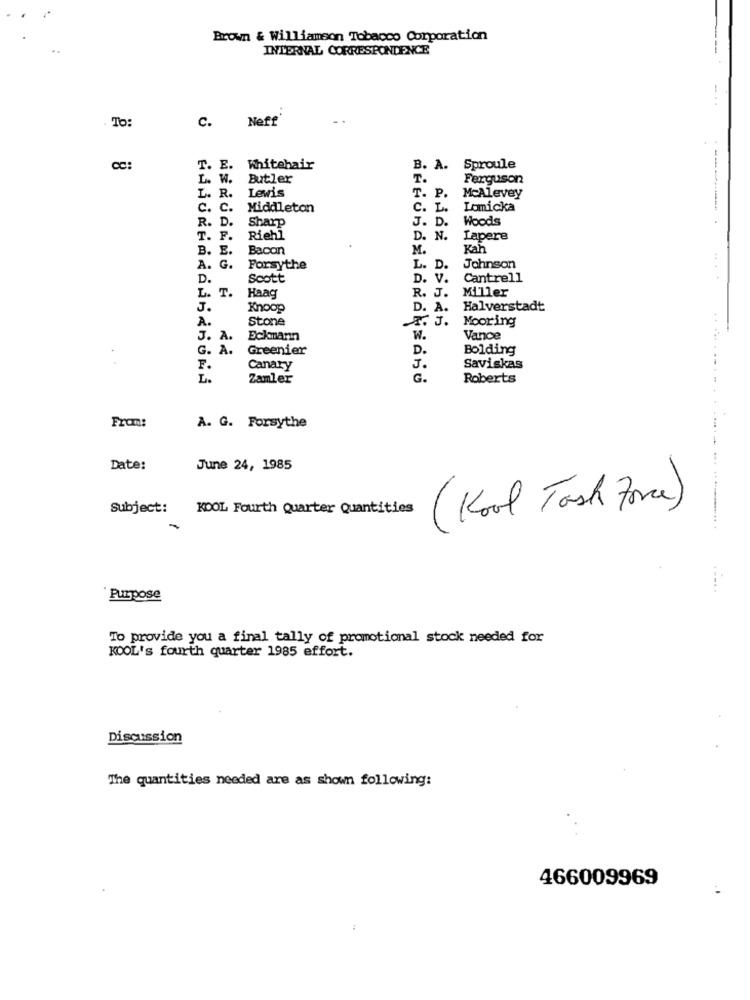
Brown & Williamson Tobacco Corporation
INTERNAL CORRESPONDENCE
. To:
Neff
C.
T. E. Whitehair
B. A. Sproule
L. W. Butler
T.
Ferguson
T. P.
L. R.
Lewis
McAlevey
c. c.
Middleton
C. L.
Lomicka
R. D.
Sharp
Woods
J. D.
T. F.
Riehl
D. N.
Lapere
B. E.
Bacon
M.
Kah
A. G.
Forsythe
L. D
Johnson
D.
Scott
D. V.
Cantrell
L. T.
Miller
Haag
R. J.
J.
Knoop
D. A.
Halverstadt
A.
Stone
Mooring
J. A.
Eckmann
W.
Vance
G. A.
Greenier
D .
Bolding
F.
Canary
J .
Saviskas
L.
Zamler
G .
Roberts
From:
A. G. Forsythe
-...
Date:
June 24, 1985
Subject: KOOL Fourth Quarter Quantities
( Kool Task force)
......
Purpose
To provide you a final tally of promotional stock needed for
KOOL's fourth quarter 1985 effort.
Discussion
The quantities needed are as shown following:
466009969